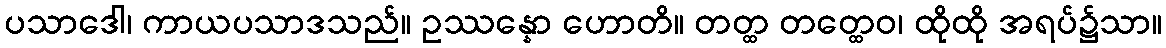
ပသာဒေါ၊ ကာယပသာဒသည်။ ဥဿန္နော ဟောတိ။ တတ္ထ တတ္ထေဝ၊ ထိုထို အရပ်၌သာ။